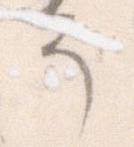
そ